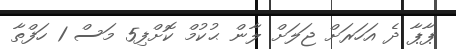
ޕާޕާ ދެ އަހަރަށް ޖަލަށް ލާން ޙުކުމް ކޮށްފި5 މަސް 1 ހަފްތާ